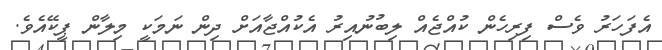
އެފަހަރު ވެސް ފިރިހެން ކުއްޖެއް ލިބުނުއިރު އެކުއްޖާއަށް ދިން ނަމަކީ މިލާން ޕީކޭއެވެ.